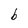
Character: b